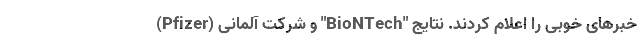
(Pfizer) و شرکت آلمانی "BioNTech" خبرهای خوبی را اعلام کردند. نتایج